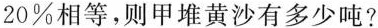
20%相等，则甲堆黄沙有多少吨?